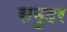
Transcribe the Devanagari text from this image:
समुदर